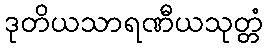
ဒုတိယသာရဏီယသုတ္တံ